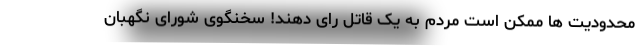
محدودیت ها ممکن است مردم به یک قاتل رای دهند! سخنگوی شورای نگهبان